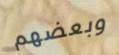
وبعضهم